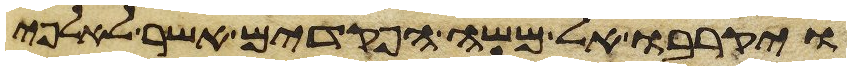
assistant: ויקרבו אל משה הפקדים אשר לאלפי